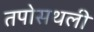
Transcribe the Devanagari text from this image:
तपोसथली